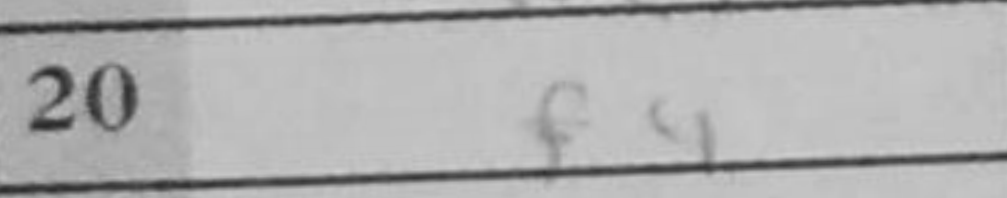
Transcription: f4